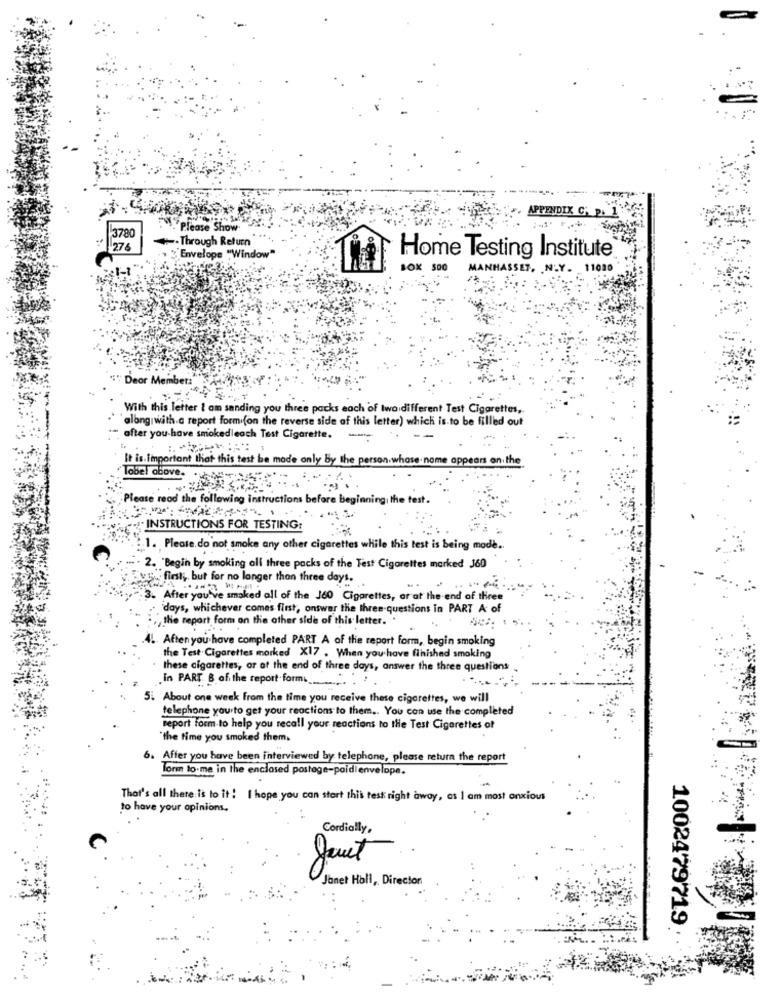
APPENDIX CA
3780
Please Show
-Through Return
Envelope "Window"
Home Testing Institute
BOK
500
MANI
SSET. N.Y. 11020
Deor Members
With this letter I am sending you three packs each of two different Test Cigarettes,
along with a report form (on the reverse side of this letter) which is to be filled out
after you have smokedleach Test Cigarette.
-
It is Important that this test be made only by the person whose. nome appears on the
Tobel above. . wie
Please read the following instructions before beginning, the test.
INSTRUCTIONS FOR TESTING:
1. Please do not smoke any other cigarettes while this test is being mode ..
2. "Begin by smoking all three packs of the Test Cigarettes marked J60
first, but for no longer than three days.
3. After you've smoked all of the J60 Cigarettes, or at the end of three
days, whichever comes first, onswer the three-questions in PART A of
,the report form on the other side of this letter.
4. Aften you have completed PART A of the report form, begin smoking
the Test Cigarettes marked X17 . When you have finished smoking
these cigarettes, or at the end of three days, answer the three questions
,in PART B of the report form.
5. About one week from the time you receive these cigarettes, we will
telephone yourto get your reactions to them .. You can use the completed
report form-to help you recall your reactions to the Test Cigarettes of
"the time you smoked them,
6. Affer you have been interviewed by telephone, please return the report
form to.me in the enclosed postage-poidienvelope.
That's all there is to it ! I hope you can stort this test right away, as I am most anxious
to have your opinions.
Cordially,
Janet Hall, Director
1002479719